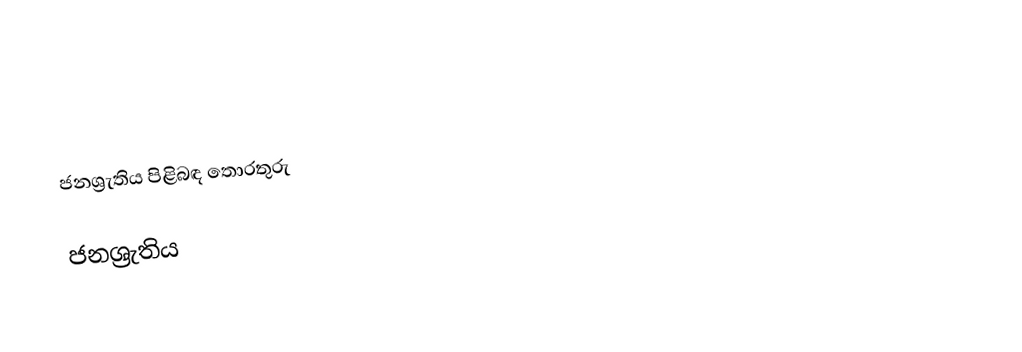
ජනශ්‍රැතිය පිළිබඳ තොරතුරු

ජනශ්‍රැතිය